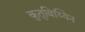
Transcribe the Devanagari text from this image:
कुतुबिय्यिन